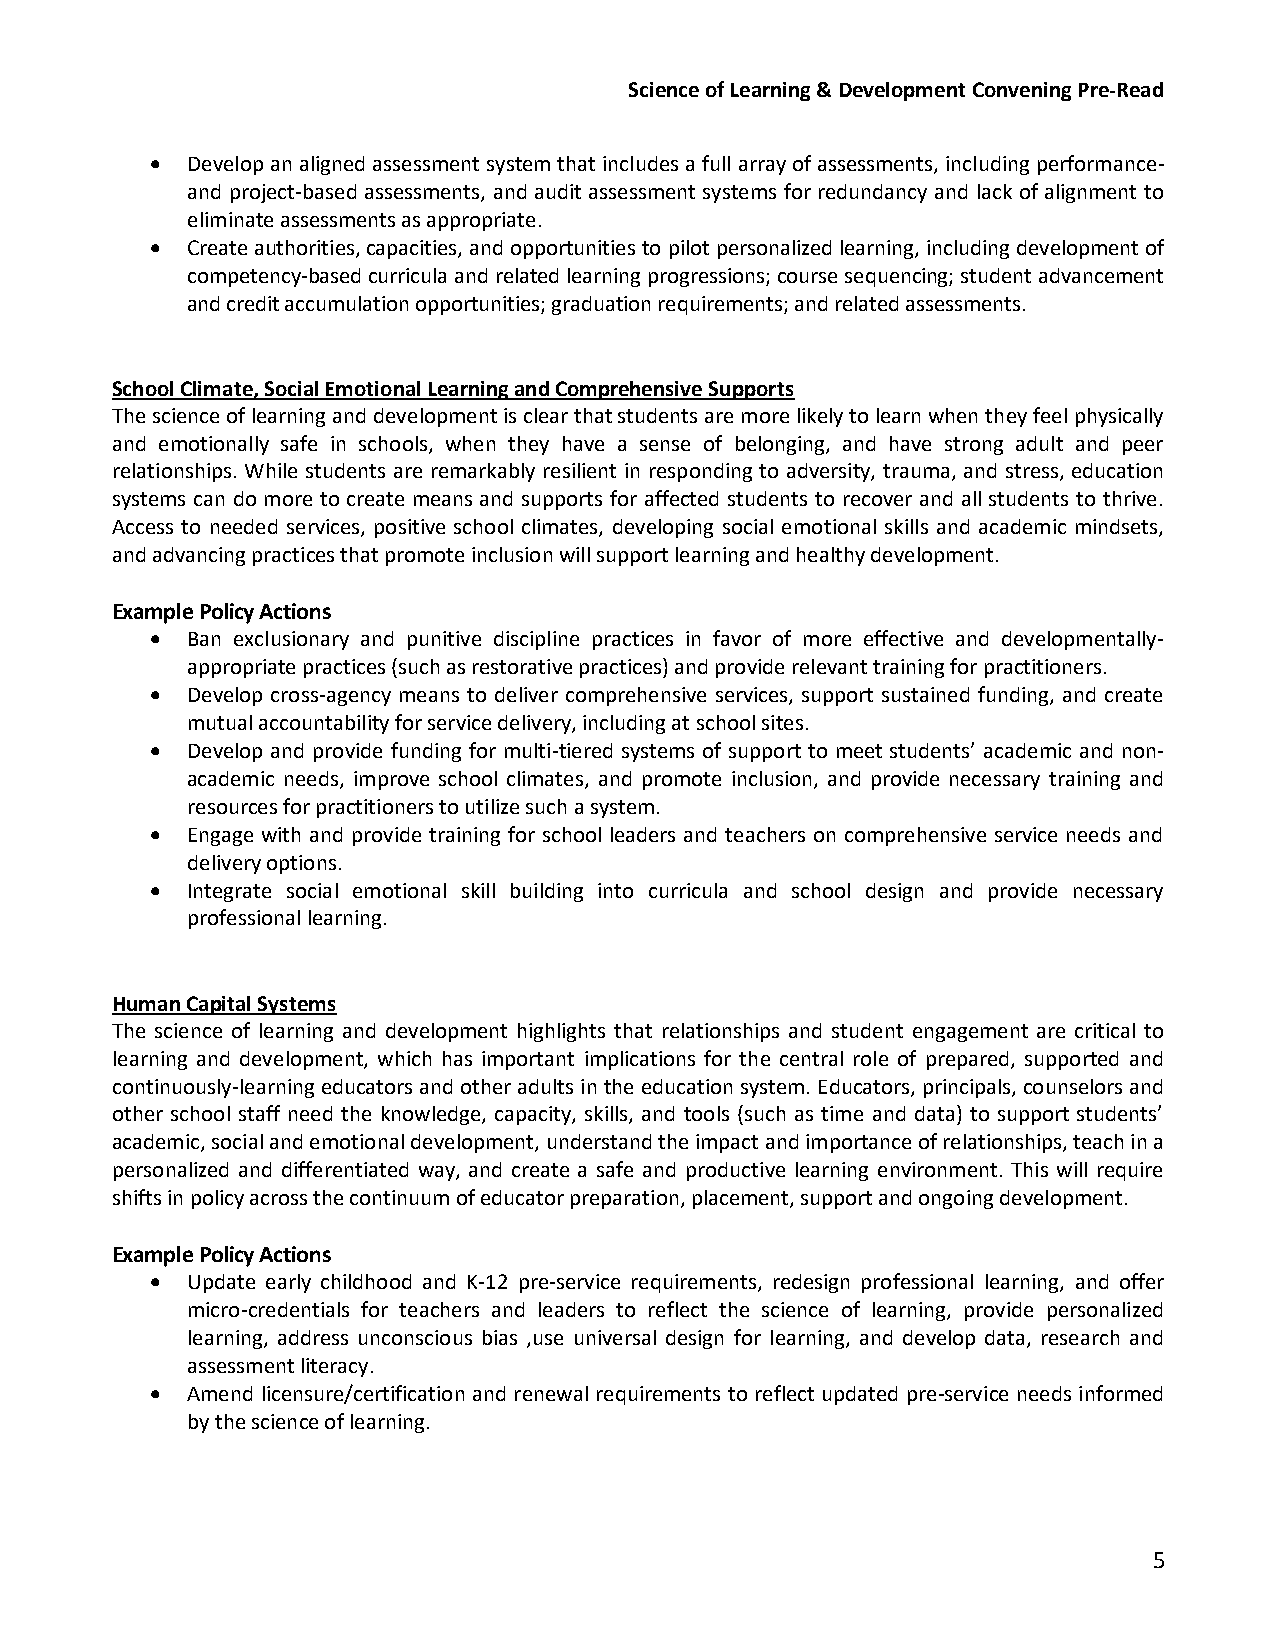
Science of Learning & Development Convening Pre-Read
  Develop an aligned assessment system that includes a full array of assessments, including performance-
 and project-based assessments, and audit assessment systems for redundancy and lack of alignment to
 eliminate assessments as appropriate.
  Create authorities, capacities, and opportunities to pilot personalized learning, including development of
 competency-based curricula and related learning progressions; course sequencing; student advancement
 and credit accumulation opportunities; graduation requirements; and related assessments.
 School Climate, Social Emotional Learning and Comprehensive Supports
 The science of learning and development is clear that students are more likely to learn when they feel physically
 and emotionally safe in schools, when they have a sense of belonging, and have strong adult and peer
 relationships. While students are remarkably resilient in responding to adversity, trauma, and stress, education
 systems can do more to create means and supports for affected students to recover and all students to thrive.
 Access to needed services, positive school climates, developing social emotional skills and academic mindsets,
 and advancing practices that promote inclusion will support learning and healthy development.
 Example Policy Actions
  Ban exclusionary and punitive discipline practices in favor of more effective and developmentally-
 appropriate practices (such as restorative practices) and provide relevant training for practitioners.
  Develop cross-agency means to deliver comprehensive services, support sustained funding, and create
 mutual accountability for service delivery, including at school sites.
  Develop and provide funding for multi-tiered systems of support to meet students’ academic and non-
 academic needs, improve school climates, and promote inclusion, and provide necessary training and
 resources for practitioners to utilize such a system.
  Engage with and provide training for school leaders and teachers on comprehensive service needs and
 delivery options.
  Integrate social emotional skill building into curricula and school design and provide necessary
 professional learning.
 Human Capital Systems
 The science of learning and development highlights that relationships and student engagement are critical to
 learning and development, which has important implications for the central role of prepared, supported and
 continuously-learning educators and other adults in the education system. Educators, principals, counselors and
 other school staff need the knowledge, capacity, skills, and tools (such as time and data) to support students’
 academic, social and emotional development, understand the impact and importance of relationships, teach in a
 personalized and differentiated way, and create a safe and productive learning environment. This will require
 shifts in policy across the continuum of educator preparation, placement, support and ongoing development.
 Example Policy Actions
  Update early childhood and K-12 pre-service requirements, redesign professional learning, and offer
 micro-credentials for teachers and leaders to reflect the science of learning, provide personalized
 learning, address unconscious bias ,use universal design for learning, and develop data, research and
 assessment literacy.
  Amend licensure/certification and renewal requirements to reflect updated pre-service needs informed
 by the science of learning.
 5